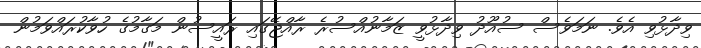
ވިދާޅުވި އެވެ. ނަމަވެސް ސުއޫދު ވިދާޅުވީ ޒަމާނުއްސުރެ ރާއްޖޭގައި ރައީސުން މަގާމުގެ ހުވާކުރައްވަމުން